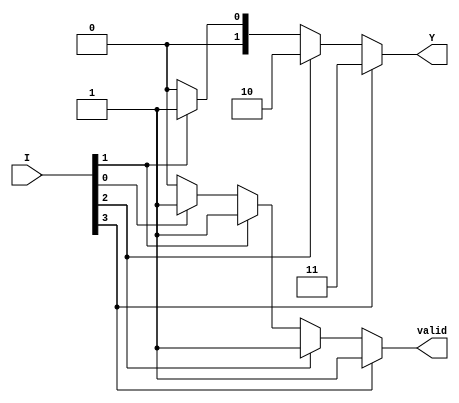
module PriorityEncoder (
    input wire [3:0] I,    // 4 input lines
    output reg [1:0] Y,    // 2 output lines
    output reg valid        // Indicates if any input is active
);

    always @(*) begin
        // Default output values
        Y = 2'b00; // Default output
        valid = 1'b0; // Default valid state

        // Check inputs from highest to lowest priority
        if (I[3]) begin
            Y = 2'b11; // Output for I3
            valid = 1'b1; // At least one input is active
        end
        else if (I[2]) begin
            Y = 2'b10; // Output for I2
            valid = 1'b1;
        end
        else if (I[1]) begin
            Y = 2'b01; // Output for I1
            valid = 1'b1;
        end
        else if (I[0]) begin
            Y = 2'b00; // Output for I0
            valid = 1'b1;
        end
        else begin
            // If no inputs are active, valid remains 0
            Y = 2'b00; // Can also be left unchanged
        end
    end
endmodule